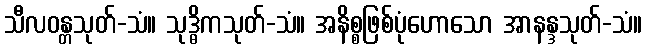
သီလဝန္တသုတ်-သံ။ သုဒ္ဓိကသုတ်-သံ။ အနိစ္စဖြစ်ပုံဟောသော အာနန္ဒသုတ်-သံ။